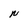
Character: N